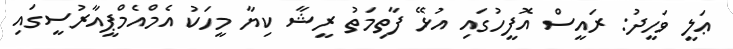
ޢަލީ ވަހީދު: ރައީސް އޮފީހުގައި އުޅޭ ފާތިމަތު ރީޝާ ކިޔާ މީހަކު އެމްއެމްޕީއާރުސީގައި